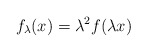
\begin{align*}f_\lambda(x) = \lambda^2 f(\lambda x)\end{align*}